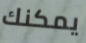
يمكنك